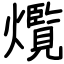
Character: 爦